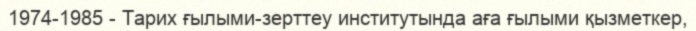
1974-1985 - Тарих ғылыми-зерттеу институтында аға ғылыми қызметкер,